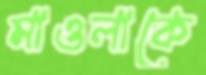
মাওলাকে